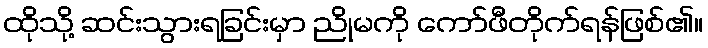
ထိုသို့ ဆင်းသွားရခြင်းမှာ ညိုမကို ကော်ဖီတိုက်ရန်ဖြစ်၏။